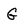
Character: G